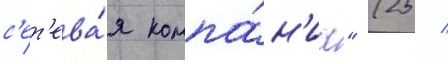
с'ет'ева́я компа́н'иа" (25 /